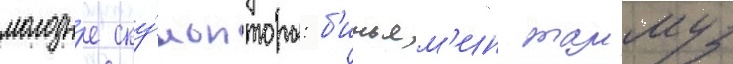
молоды́е ску́льпторы: б'иньям'ин таммуз